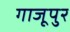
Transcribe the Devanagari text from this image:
गाजूपुर